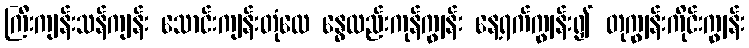
ကြီးကျန်းသန်ကျန်း သောင်းကျန်းတုံလေ နွေလည်းကုန်ကျွန်း နေ့ရက်ကျွန်း၍ တုကျွန်းကိုင်းကျွန်း